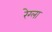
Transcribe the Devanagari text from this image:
रेग्ला